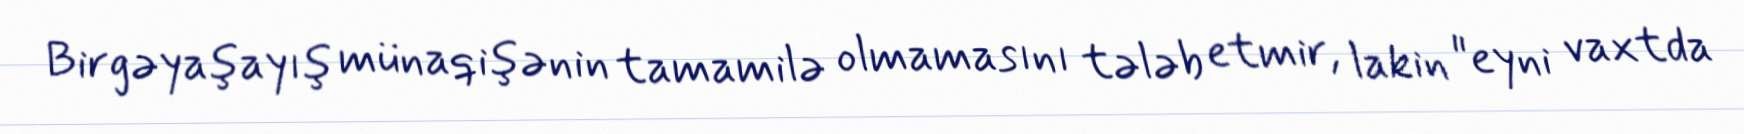
Birgəyaşayış münaqişənin tamamilə olmamasını tələb etmir, lakin "eyni vaxtda